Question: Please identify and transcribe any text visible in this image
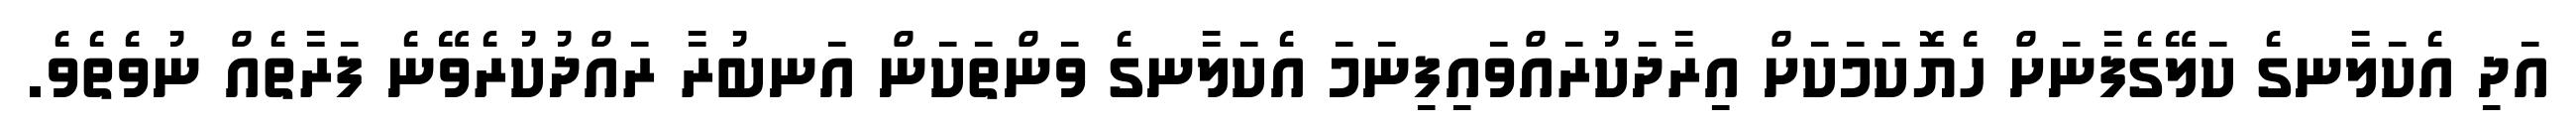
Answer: އަދި އެކަލާނގެ ކަލޭގެފާނަށް ހެޔޮކަމަކަށް އިރާދަކުރައްވައިފިނަމަ އެކަލާނގެ ވަންތަކަން އަނބުރާ ރައްދުކުރެވޭނެ ފަރާތެއް ނުވެތެވެ.